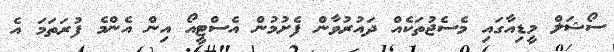
ސޯޝަލް މީޑިއާގައި މެސެޖުތަކެއް ދައުރުވާން ފެށުމުން އެސްޓީއޯ އިން އެންމެ ފުރަތަމަ އެ